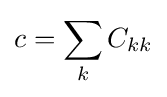
c=\sum _{k}C_{kk}